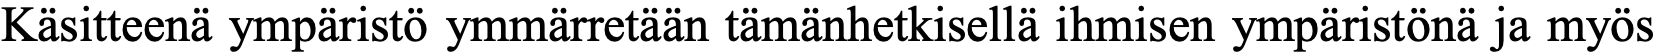
Käsitteenä ympäristö ymmärretään tämänhetkisellä ihmisen ympäristönä ja myös